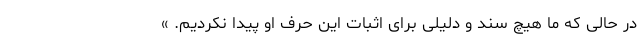
در حالی که ما هیچ سند و دلیلی برای اثبات این حرف او پیدا نکردیم. »